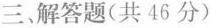
三、解答题(共46分)